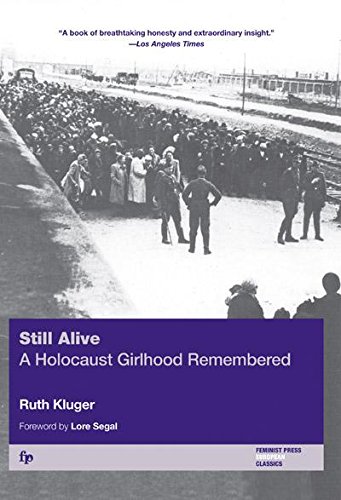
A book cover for Still Alive: A Holocaust Girlhood Remembered (The Helen Rose Scheuer Jewish Women's Series); Ruth Kluger; Literature & Fiction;